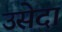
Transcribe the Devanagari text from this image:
उसेदा